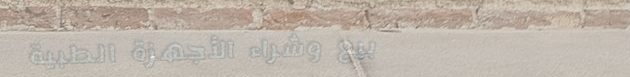
بيع وشراء الأجهزة الطبية